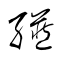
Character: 臓